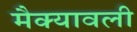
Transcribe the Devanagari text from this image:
मैक्यावली